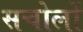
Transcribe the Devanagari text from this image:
सचोलों